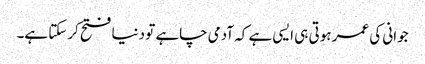
جوانی کی عمر ہوتی ہی ایسی ہے کہ آدمی چاہے تو دنیا فتح کرسکتا ہے۔